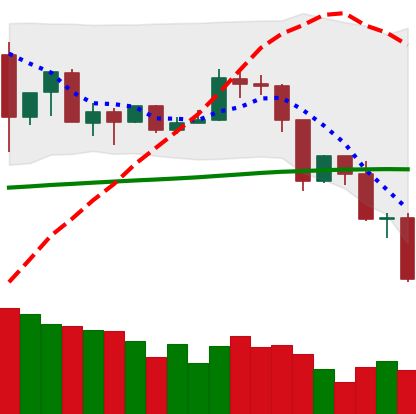
Ticker: TRX-USD
Chart end date: 2019-07-16
Forward return: 37.529%
Label: up_7plus